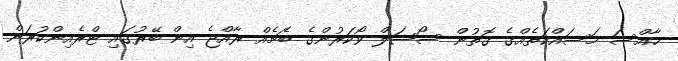
ޚާއްސަ މަސައްކަތެއްގެ ގޮތުން ސޯޝަލް ވޯކަރުންގެ ބެޗެއް ރާއްޖެ އިން ބޭރުގައި ޓްރެއިންކުރަން